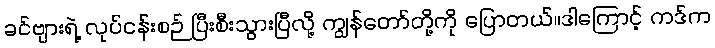
ခင်ဗျားရဲ့ လုပ်ငန်းစဉ် ပြီးစီးသွားပြီလို့ ကျွန်တော်တို့ကို ပြောတယ်။ဒါကြောင့် ကဒ်က